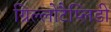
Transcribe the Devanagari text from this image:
ग्रिल्लोटैप्लिडी